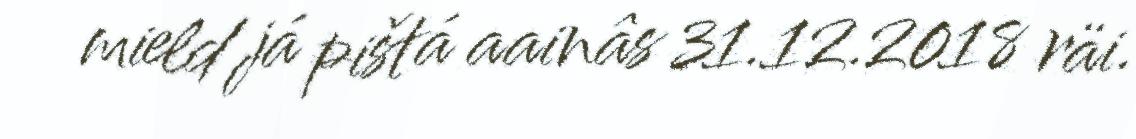
mield já pištá aainâs 31.12.2018 räi.